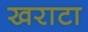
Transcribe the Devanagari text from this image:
खराटा